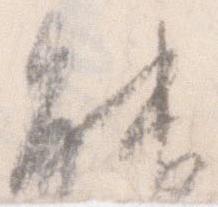
能